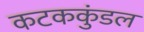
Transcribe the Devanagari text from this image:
कटककुंडल